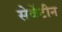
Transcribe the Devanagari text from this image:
सेवेंटीन